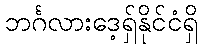
ဘင်္ဂလားဒေ့ရှ်နိုင်ငံရှိ